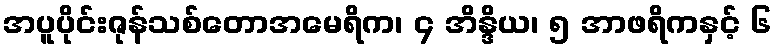
အပူပိုင်းဇုန်သစ်တောအမေရိက၊ ၄ အိန္ဒိယ၊ ၅ အာဖရိကနှင့် ၆